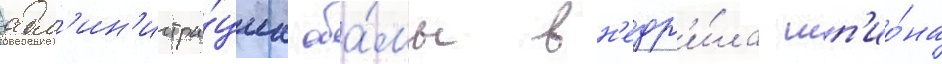
адм'ин'истра́циа оба́мы вн'едр'и́ла шп'ио́на